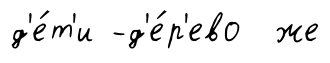
д'е́т'и -д'е́р'ево же